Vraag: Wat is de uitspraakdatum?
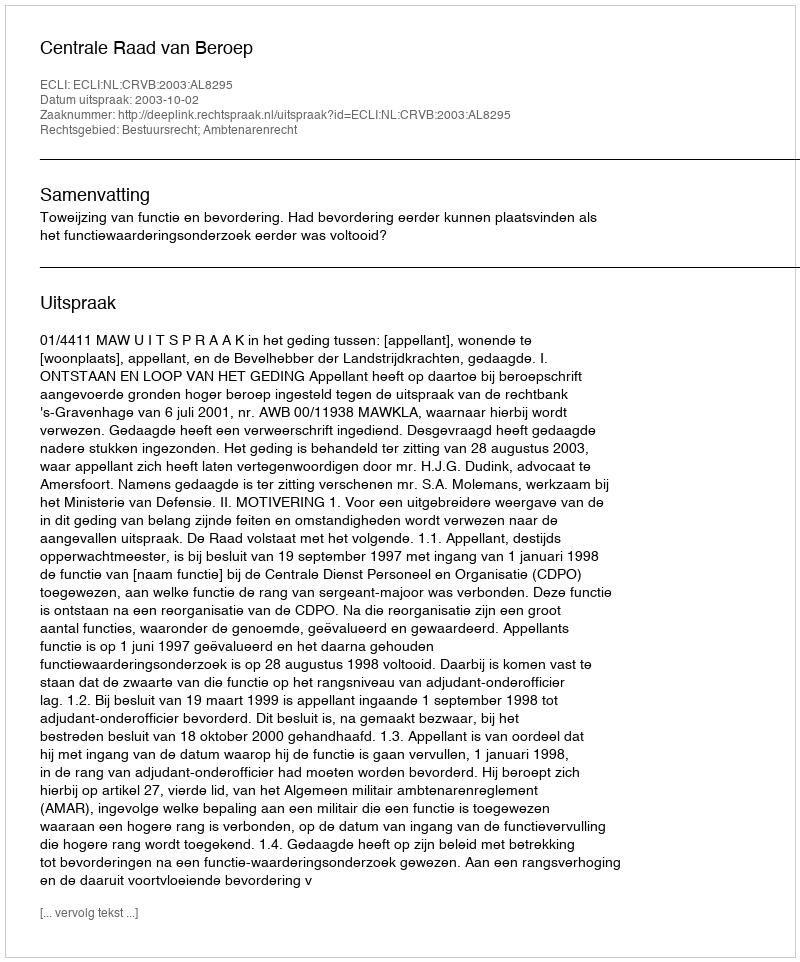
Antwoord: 2003-10-02